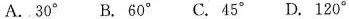
A.30° B.60° C.45° D.120°